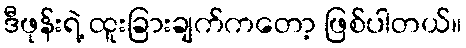
ဒီဖုန်းရဲ့ ထူးခြားချက်ကတော့ ဖြစ်ပါတယ်။